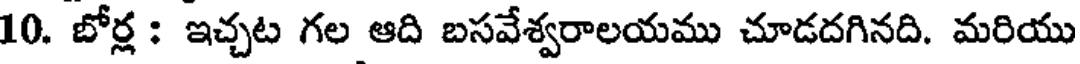
10. బోర్ల : ఇచ్చట గల ఆది బసవేశ్వరాలయము చూడదగినది. మరియు